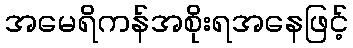
အမေရိကန်အစိုးရအနေဖြင့်